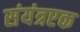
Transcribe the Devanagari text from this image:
संयंत्रएक